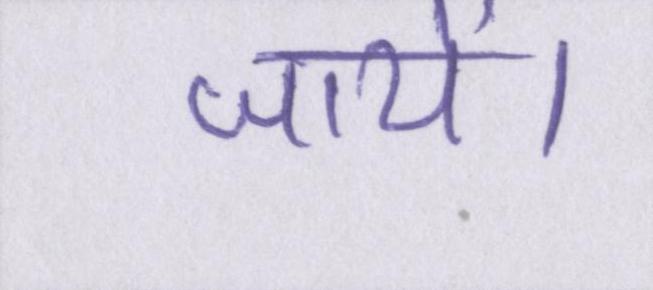
जायें।